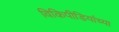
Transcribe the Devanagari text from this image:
विकिपीडियांच्या